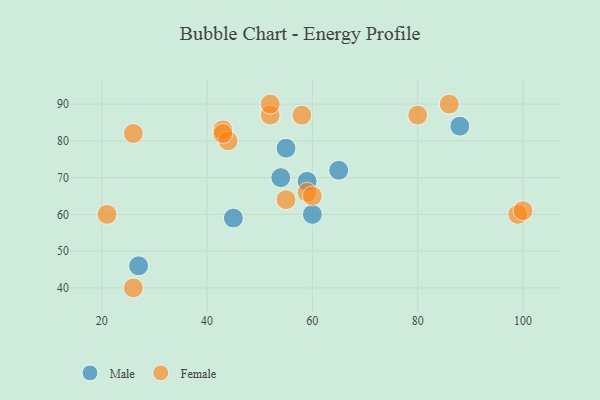
{"axis": {"x": "GDP", "y": "Life Expectancy"}, "legend": ["Female", "Male"], "data": [{"x": "45", "y": 59, "type": "Male"}, {"x": "54", "y": 70, "type": "Male"}, {"x": "88", "y": 84, "type": "Male"}, {"x": "59", "y": 69, "type": "Male"}, {"x": "65", "y": 72, "type": "Male"}, {"x": "60", "y": 60, "type": "Male"}, {"x": "27", "y": 46, "type": "Male"}, {"x": "55", "y": 78, "type": "Male"}, {"x": "43", "y": 83, "type": "Female"}, {"x": "26", "y": 40, "type": "Female"}, {"x": "58", "y": 87, "type": "Female"}, {"x": "86", "y": 90, "type": "Female"}, {"x": "52", "y": 87, "type": "Female"}, {"x": "59", "y": 66, "type": "Female"}, {"x": "44", "y": 80, "type": "Female"}, {"x": "26", "y": 82, "type": "Female"}, {"x": "99", "y": 60, "type": "Female"}, {"x": "80", "y": 87, "type": "Female"}, {"x": "21", "y": 60, "type": "Female"}, {"x": "43", "y": 82, "type": "Female"}, {"x": "52", "y": 90, "type": "Female"}, {"x": "60", "y": 65, "type": "Female"}, {"x": "100", "y": 61, "type": "Female"}, {"x": "55", "y": 64, "type": "Female"}]}